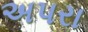
અપરા